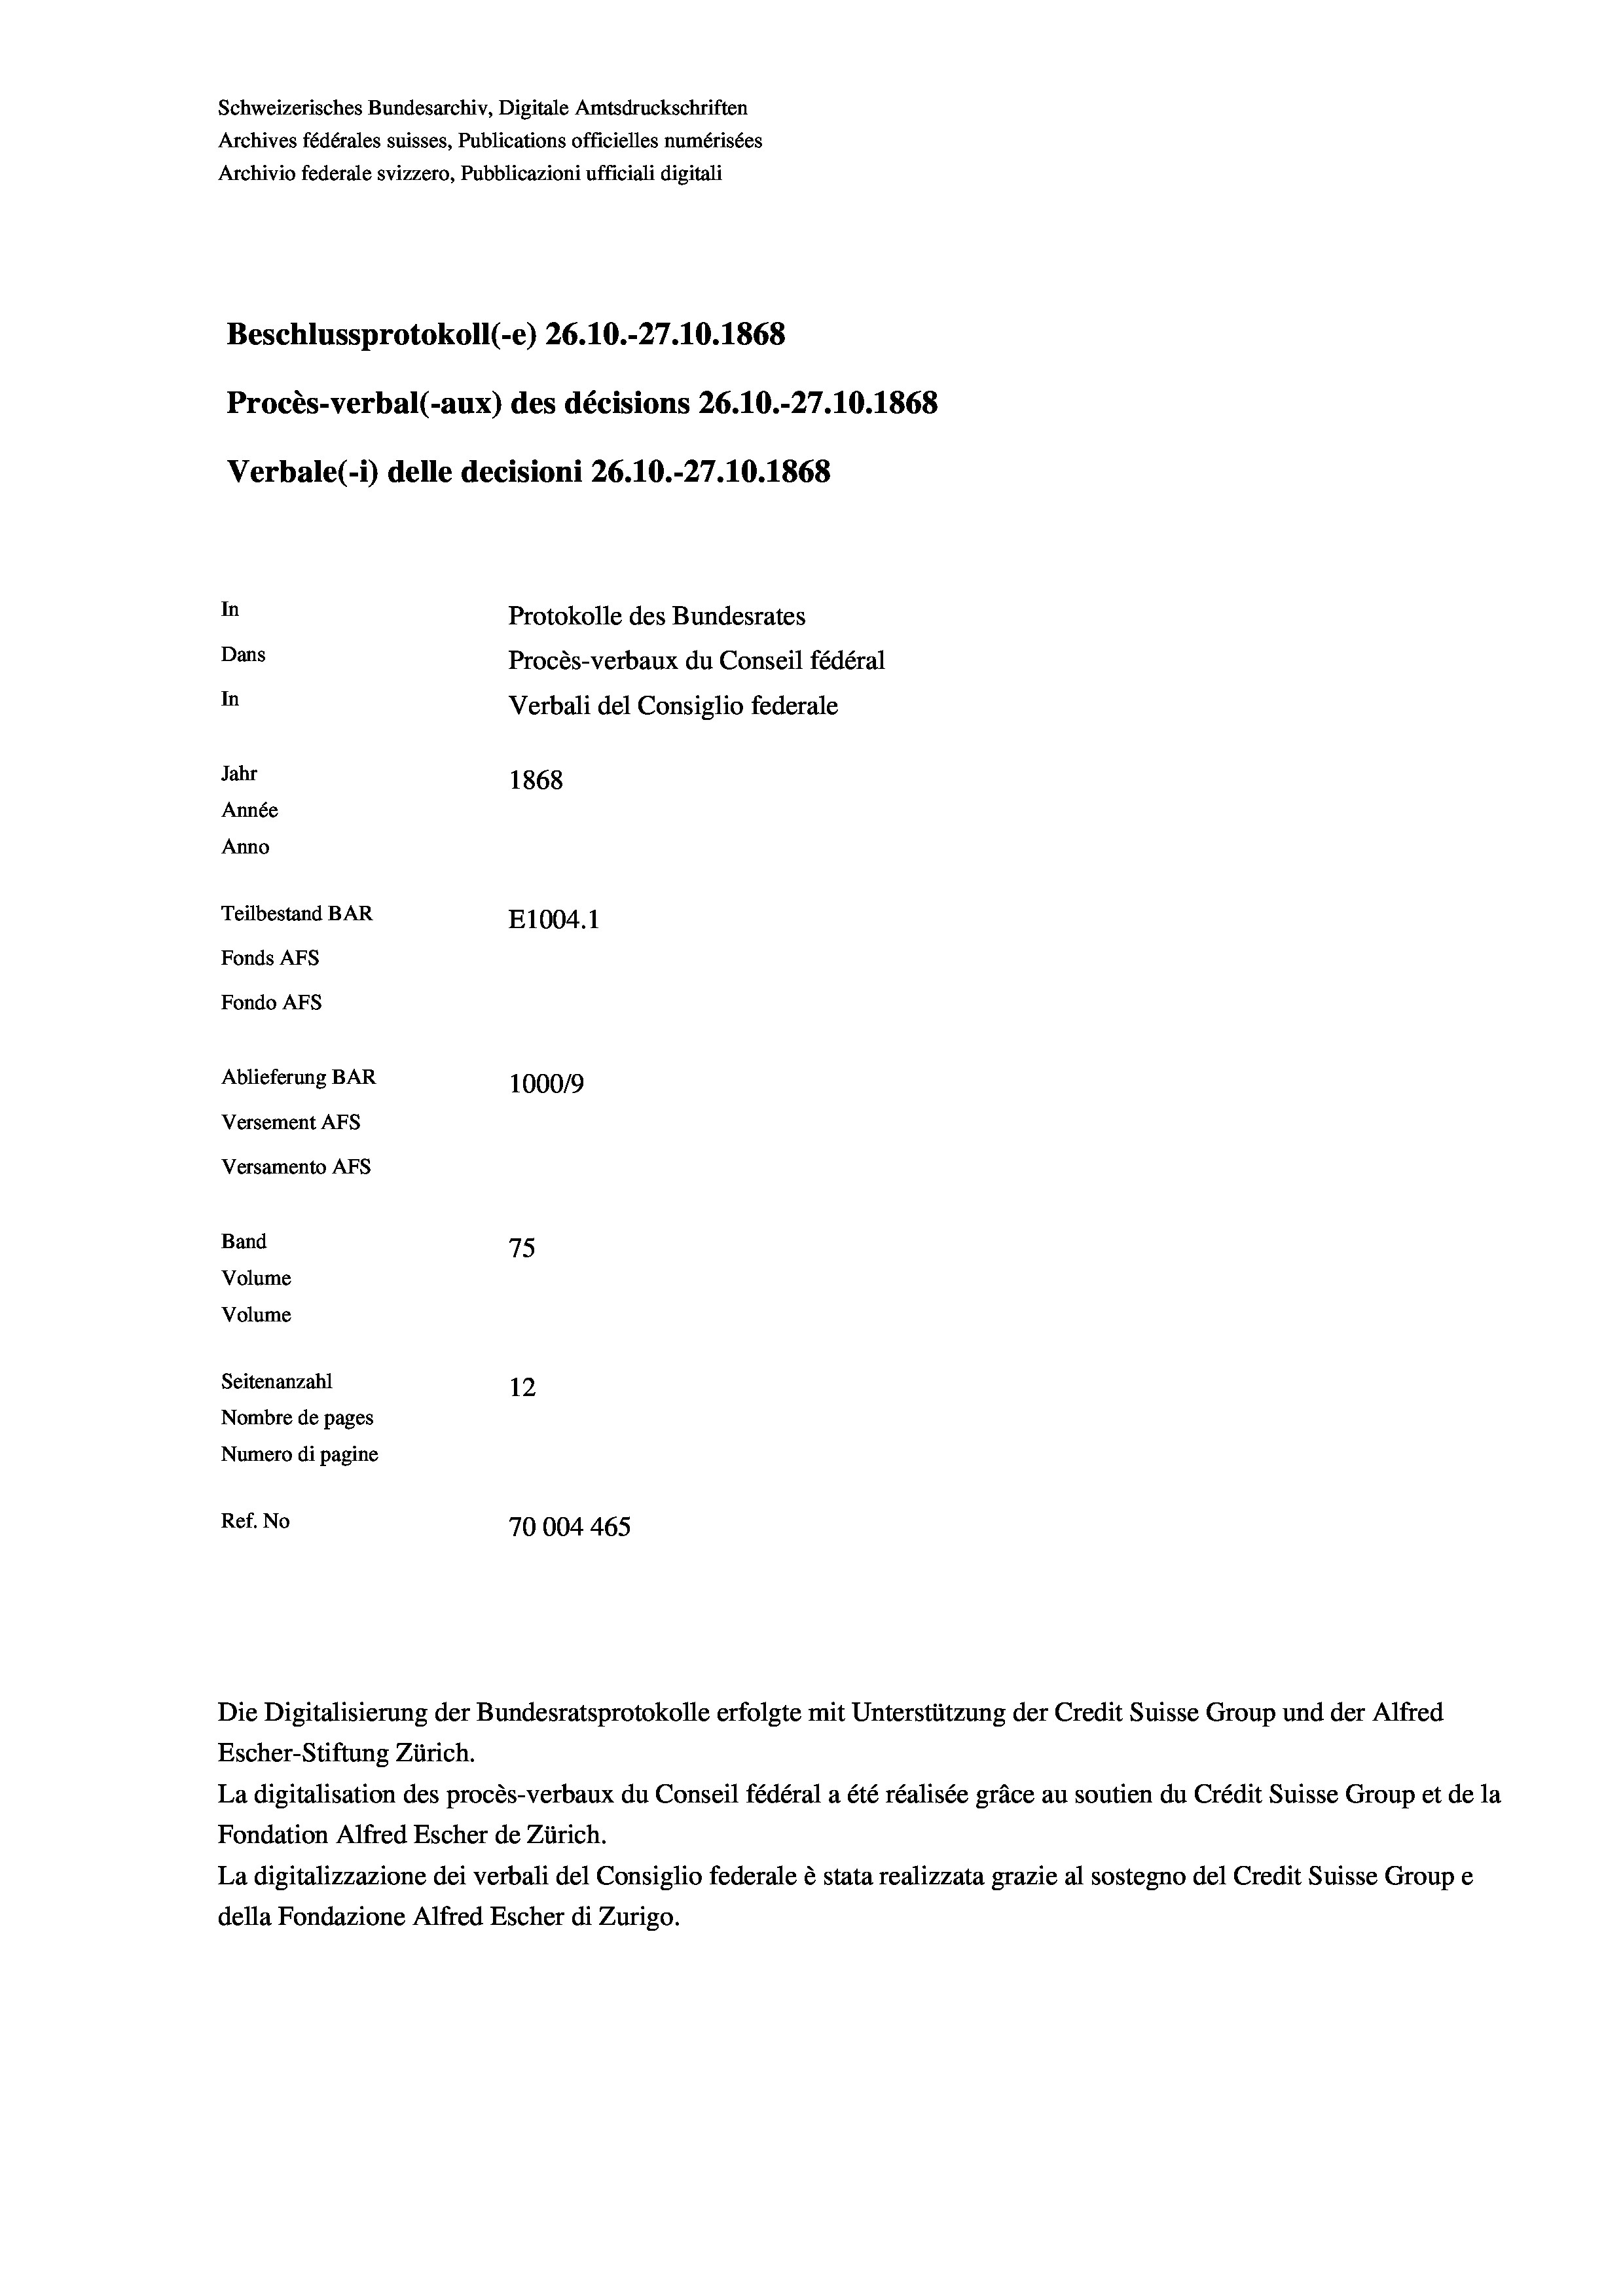
Schweizerisches Bundesarchiv, Digitale Amtsdruckschriften
Archives fédérales suisses, Publications officielles numérisées
Archivio federale svizzero, Pubblicazioni ufficiali digitali
Beschlussprotokoll (-e) 26.10.-27.10.1868
Procès-verbal (-aux) des décisions 26.10.-27.10.1868
Verbale(-*) delle decisioni 26.10.-27.10.1868
In
Protokolle des Bundesrates
Dans
Procès-verbaux du Conseil fédéral
In
Verbali del Consiglio federale
Jahr
1868
Année
Anno
Teilbestand BAR
E1004. 1
Fonds AFs
Fondo AFS
Ablieferung BAR
100019
Versement AFs
Versamento AFs
Band
75
Volume
Volume
Seitenanzahl
12
Nombre de pages
Numero di pagine
Ref. No
70004 465

Die Digitalisierung der Bundesratsprotokolle erfolgte mit Unterstützung der Credit Suisse Group und der Alfred

Escher-Stiftung Zürich.
La digitalisation des procès-verbaux du Conseil fédéral a été réalisée gräce au soutien du Crédit Suisse Group et de la
Fondation Alfred Escher de Zürich.
La digitalizzazione dei verbali del Consiglio federale è stata realizzata grazie al sostegno del Credit Suisse Groupe
della Fondazione Alfred Escher di Zurigo.